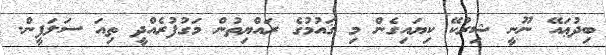
ބިދުޢައޭ ނޫނީ ޝިރުކޭ ކިޔައިގެން މި ޤައުމުގެ ރައްޔިތުން މަގުފުރެއްދީ ތިއަ ސަލަފީން.